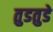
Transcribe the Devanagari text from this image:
तुडतुडे